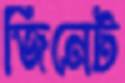
জিনেট